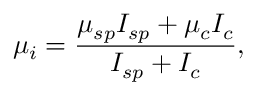
\mu _ { i } = \frac { \mu _ { s p } I _ { s p } + \mu _ { c } I _ { c } } { I _ { s p } + I _ { c } } ,